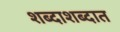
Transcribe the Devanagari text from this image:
शब्दाशब्दात